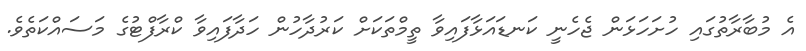
އެ މުބާރާތުގައި ހުށަހަޅަން ޖެހެނީ ކަނޑައަޅާފައިވާ ތީމްތަކަށް ކަރުދާހުން ހަދާފައިވާ ކްރާފްޓުގެ މަސައްކަތެވެ.